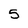
Character: 5